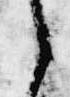
う